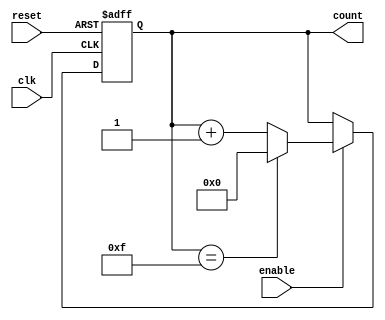
module binary_counter (
    input wire clk,           // Clock signal
    input wire reset,         // Asynchronous reset signal
    input wire enable,        // Enable signal
    output reg [3:0] count    // 4-bit output count
);

// This process is triggered on the rising edge of the clock or when reset is active
always @(posedge clk or posedge reset) begin
    if (reset) begin
        count <= 4'b0000;     // Reset the counter to 0
    end else if (enable) begin
        if (count == 4'b1111) // Check for maximum count (15)
            count <= 4'b0000; // Wrap around to 0
        else
            count <= count + 1; // Increment the counter
    end
end

endmodule